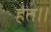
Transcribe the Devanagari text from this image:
हेत।।